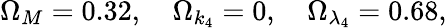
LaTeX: \Omega_{M}=0.32,\quad\Omega_{k_{4}}=0,\quad\Omega_{\lambda_{4}}=0.68,